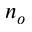
n _ { o }